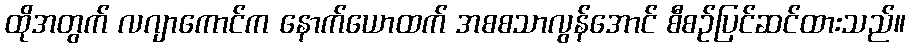
ထိုအတွက် လဂျာကောင်က နောက်ယောထက် အစစသာလွန်အောင် စီစဉ်ပြင်ဆင်ထားသည်။